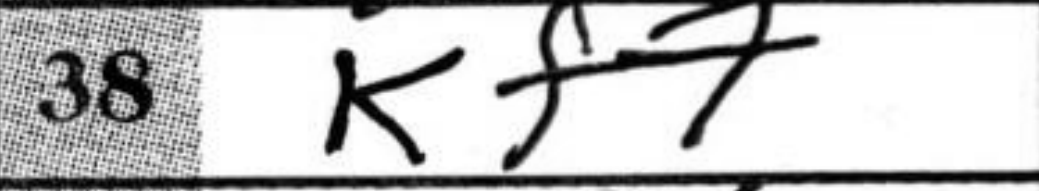
Transcription: Kf7